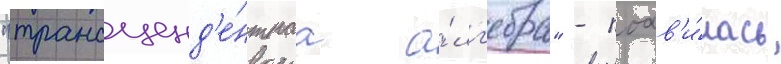
"трансценд'е́нтнаа а́лг'ебра" - поав'и́лась